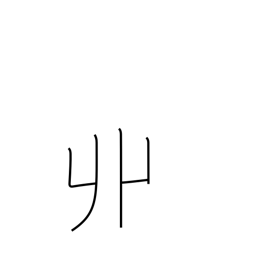
Meaning: horn-shaped locks of hair